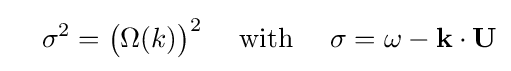
\quad \sigma ^{2}={\bigl (}\Omega (k){\bigr )}^{2}\quad {\text{ with }}\quad \sigma =\omega -\mathbf {k} \cdot \mathbf {U}